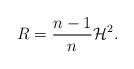
LaTeX: \begin{align*}R=\frac{n-1}{n}\mathcal{H}^2.\end{align*}